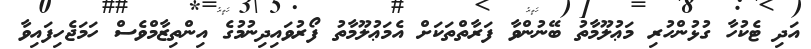
އަދި ޓެކުހާ ގުޅުންހުރި މަޢުލޫމާތު ބޭނުންވާ ފަރާތްތަކަށް އެމަޢުލޫމާތު ފޯރުވައިދިނުމުގެ އިންތިޒާމްވެސް ހަމަޖެހިފައިވާ